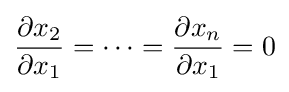
{\frac {\partial x_{2}}{\partial x_{1}}}=\dots ={\frac {\partial x_{n}}{\partial x_{1}}}=0